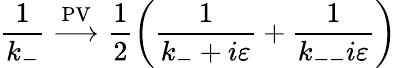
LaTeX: \frac{1}{k_{-}}\stackrel{\mathrm{PV}}{\longrightarrow}\frac{1}{2}\left(\frac{1}{k_{-}+i\varepsilon}+\frac{1}{k_{--}i\varepsilon}\right)